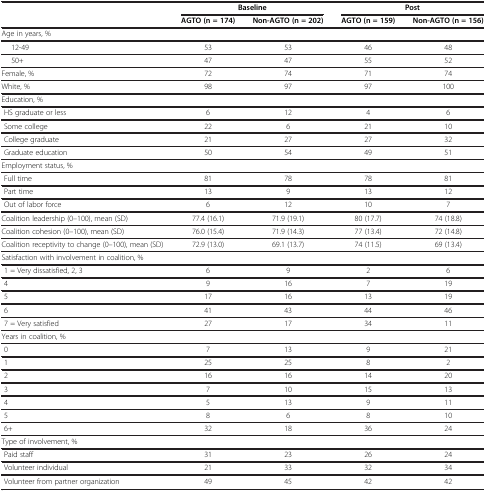
<table><thead><tr><td><b> </b></td><td colspan="2"><b>Baseline</b></td><td colspan="2"><b>Post</b></td></tr><tr><td><b> </b></td><td><b>AGTO (n = 174)</b></td><td><b>Non-AGTO (n = 202)</b></td><td><b>AGTO (n = 159)</b></td><td><b>Non-AGTO (n = 156)</b></td></tr></thead><tbody><tr><td>Age in years, %</td><td> </td><td> </td><td> </td><td> </td></tr><tr><td>12-49</td><td>53</td><td>53</td><td>46</td><td>48</td></tr><tr><td>50+</td><td>47</td><td>47</td><td>55</td><td>52</td></tr><tr><td>Female, %</td><td>72</td><td>74</td><td>71</td><td>74</td></tr><tr><td>White, %</td><td>98</td><td>97</td><td>97</td><td>100</td></tr><tr><td>Education, %</td><td> </td><td> </td><td> </td><td> </td></tr><tr><td> HS graduate or less</td><td>6</td><td>12</td><td>4</td><td>6</td></tr><tr><td> Some college</td><td>22</td><td>6</td><td>21</td><td>10</td></tr><tr><td> College graduate</td><td>21</td><td>27</td><td>27</td><td>32</td></tr><tr><td> Graduate education</td><td>50</td><td>54</td><td>49</td><td>51</td></tr><tr><td>Employment status, %</td><td> </td><td> </td><td> </td><td> </td></tr><tr><td> Full time</td><td>81</td><td>78</td><td>78</td><td>81</td></tr><tr><td> Part time</td><td>13</td><td>9</td><td>13</td><td>12</td></tr><tr><td> Out of labor force</td><td>6</td><td>12</td><td>10</td><td>7</td></tr><tr><td>Coalition leadership (0–100), mean (SD)</td><td>77.4 (16.1)</td><td>71.9 (19.1)</td><td>80 (17.7)</td><td>74 (18.8)</td></tr><tr><td>Coalition cohesion (0–100), mean (SD)</td><td>76.0 (15.4)</td><td>71.9 (14.3)</td><td>77 (13.4)</td><td>72 (14.8)</td></tr><tr><td>Coalition receptivity to change (0–100), mean (SD)</td><td>72.9 (13.0)</td><td>69.1 (13.7)</td><td>74 (11.5)</td><td>69 (13.4)</td></tr><tr><td>Satisfaction with involvement in coalition, %</td><td> </td><td> </td><td> </td><td> </td></tr><tr><td> 1 = Very dissatisfied, 2, 3</td><td>6</td><td>9</td><td>2</td><td>6</td></tr><tr><td> 4</td><td>9</td><td>16</td><td>7</td><td>19</td></tr><tr><td> 5</td><td>17</td><td>16</td><td>13</td><td>19</td></tr><tr><td> 6</td><td>41</td><td>43</td><td>44</td><td>46</td></tr><tr><td> 7 = Very satisfied</td><td>27</td><td>17</td><td>34</td><td>11</td></tr><tr><td>Years in coalition, %</td><td> </td><td> </td><td> </td><td> </td></tr><tr><td> 0</td><td>7</td><td>13</td><td>9</td><td>21</td></tr><tr><td> 1</td><td>25</td><td>25</td><td>8</td><td>2</td></tr><tr><td> 2</td><td>16</td><td>16</td><td>14</td><td>20</td></tr><tr><td> 3</td><td>7</td><td>10</td><td>15</td><td>13</td></tr><tr><td> 4</td><td>5</td><td>13</td><td>9</td><td>11</td></tr><tr><td> 5</td><td>8</td><td>6</td><td>8</td><td>10</td></tr><tr><td> 6+</td><td>32</td><td>18</td><td>36</td><td>24</td></tr><tr><td>Type of involvement, %</td><td> </td><td> </td><td> </td><td> </td></tr><tr><td> Paid staff</td><td>31</td><td>23</td><td>26</td><td>24</td></tr><tr><td> Volunteer individual</td><td>21</td><td>33</td><td>32</td><td>34</td></tr><tr><td> Volunteer from partner organization</td><td>49</td><td>45</td><td>42</td><td>42</td></tr></tbody></table>